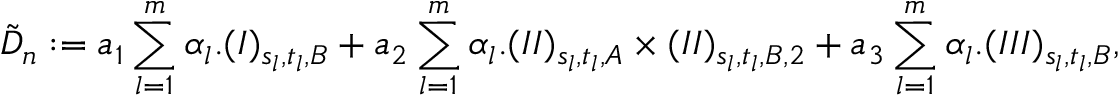
\tilde { D } _ { n } : = a _ { 1 } \sum _ { l = 1 } ^ { m } \alpha _ { l } . ( I ) _ { s _ { l } , t _ { l } , B } + a _ { 2 } \sum _ { l = 1 } ^ { m } \alpha _ { l } . ( I I ) _ { s _ { l } , t _ { l } , A } \times ( I I ) _ { s _ { l } , t _ { l } , B , 2 } + a _ { 3 } \sum _ { l = 1 } ^ { m } \alpha _ { l } . ( I I I ) _ { s _ { l } , t _ { l } , B } ,